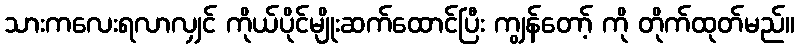
သားကလေးရလာလျှင် ကိုယ်ပိုင်မျိုးဆက်ထောင်ပြီး ကျွန်တော့် ကို တိုက်ထုတ်မည်။